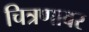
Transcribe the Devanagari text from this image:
चित्रणावर